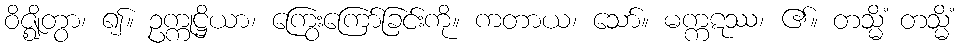
ဝိဇ္ဈိတွာ၊ ၍။ ဥက္ကုဋ္ဌိယာ၊ ကြွေးကြော်ခြင်းကို။ ကတာယ၊ သော်။ မက္ကဋဿ၊ ၏။ တသ္မိံ တသ္မိံ